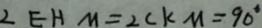
\angle E H M = 2 C K M = 9 0 ^ { \circ }